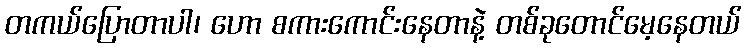
တကယ်ပြောတာပါ၊ ဟော စကားကောင်းနေတာနဲ့ တစ်ခုတောင်မေ့နေတယ်